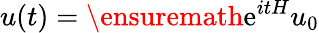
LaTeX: u(t)=\ensuremath{\mathrm{e}}^{itH}u_{0}